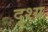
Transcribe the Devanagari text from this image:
दृश्‍य